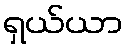
ရှယ်ယာ